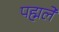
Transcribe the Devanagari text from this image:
पह्मले